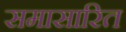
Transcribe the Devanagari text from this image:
समासारित